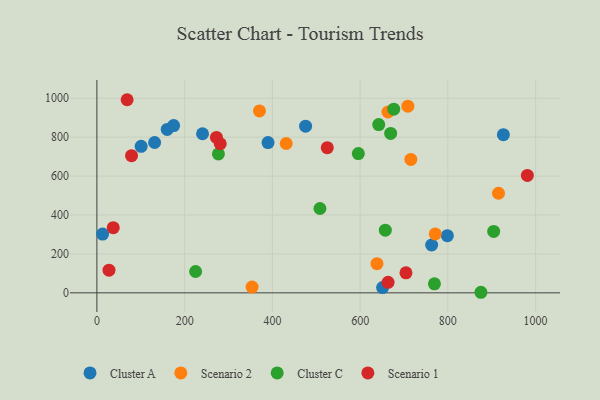
{"axis": {"x": "Distance", "y": "Exam Score"}, "legend": ["Cluster A", "Cluster C", "Scenario 1", "Scenario 2"], "data": [{"x": "13.1", "y": 302.1, "type": "Cluster A"}, {"x": "174.9", "y": 859.5, "type": "Cluster A"}, {"x": "100.9", "y": 752.6, "type": "Cluster A"}, {"x": "131.6", "y": 772.5, "type": "Cluster A"}, {"x": "475.7", "y": 856.2, "type": "Cluster A"}, {"x": "390.1", "y": 772.3, "type": "Cluster A"}, {"x": "763.0", "y": 245.9, "type": "Cluster A"}, {"x": "160.3", "y": 839.7, "type": "Cluster A"}, {"x": "798.8", "y": 293.9, "type": "Cluster A"}, {"x": "926.5", "y": 812.6, "type": "Cluster A"}, {"x": "240.8", "y": 817.4, "type": "Cluster A"}, {"x": "651.2", "y": 27.0, "type": "Cluster A"}, {"x": "715.6", "y": 685.6, "type": "Scenario 2"}, {"x": "638.4", "y": 149.9, "type": "Scenario 2"}, {"x": "708.8", "y": 959.1, "type": "Scenario 2"}, {"x": "353.7", "y": 29.6, "type": "Scenario 2"}, {"x": "431.5", "y": 767.4, "type": "Scenario 2"}, {"x": "915.4", "y": 511.7, "type": "Scenario 2"}, {"x": "663.4", "y": 929.1, "type": "Scenario 2"}, {"x": "370.6", "y": 934.9, "type": "Scenario 2"}, {"x": "771.2", "y": 302.8, "type": "Scenario 2"}, {"x": "277.0", "y": 713.9, "type": "Cluster C"}, {"x": "769.4", "y": 46.1, "type": "Cluster C"}, {"x": "225.0", "y": 109.6, "type": "Cluster C"}, {"x": "904.4", "y": 315.7, "type": "Cluster C"}, {"x": "642.4", "y": 864.8, "type": "Cluster C"}, {"x": "676.6", "y": 943.7, "type": "Cluster C"}, {"x": "508.4", "y": 433.3, "type": "Cluster C"}, {"x": "875.3", "y": 2.9, "type": "Cluster C"}, {"x": "669.6", "y": 819.1, "type": "Cluster C"}, {"x": "657.4", "y": 322.1, "type": "Cluster C"}, {"x": "595.9", "y": 715.4, "type": "Cluster C"}, {"x": "663.7", "y": 54.1, "type": "Scenario 1"}, {"x": "79.0", "y": 704.7, "type": "Scenario 1"}, {"x": "525.1", "y": 745.8, "type": "Scenario 1"}, {"x": "68.9", "y": 992.3, "type": "Scenario 1"}, {"x": "704.5", "y": 103.0, "type": "Scenario 1"}, {"x": "281.2", "y": 766.1, "type": "Scenario 1"}, {"x": "981.2", "y": 603.3, "type": "Scenario 1"}, {"x": "27.6", "y": 116.4, "type": "Scenario 1"}, {"x": "272.5", "y": 798.8, "type": "Scenario 1"}, {"x": "37.3", "y": 334.7, "type": "Scenario 1"}]}